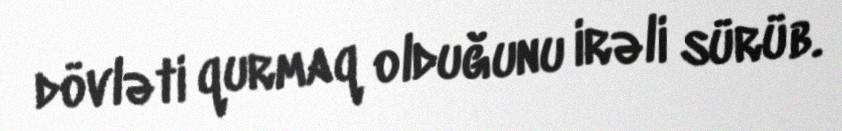
dövləti qurmaq olduğunu irəli sürüb.